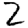
Digit: 2